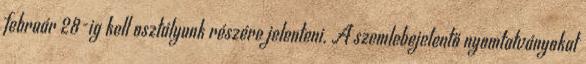
február 28-ig kell osztályunk részére jelenteni. A szemlebejelentő nyomtatványokat